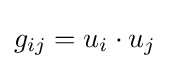
g_{ij}=u_{i}\cdot u_{j}